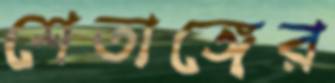
শেতাঙ্গের